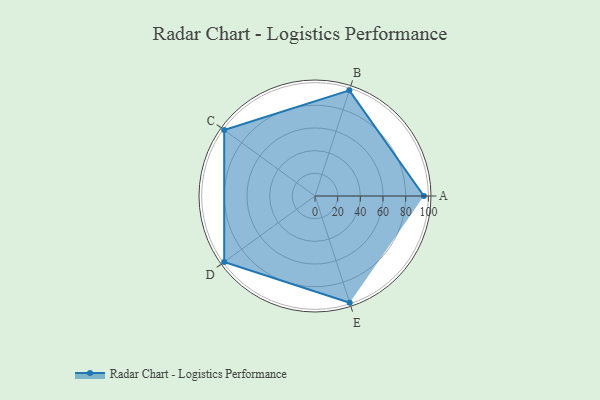
{"axis": {"x": "Skill", "y": "Score"}, "legend": ["Profile"], "data": [{"x": "A", "y": 96.0, "type": "Profile"}, {"x": "B", "y": 98.0, "type": "Profile"}, {"x": "C", "y": 99, "type": "Profile"}, {"x": "D", "y": 99, "type": "Profile"}, {"x": "E", "y": 99, "type": "Profile"}]}